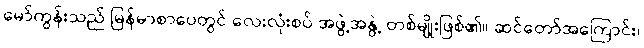
မော်ကွန်းသည် မြန်မာစာပေတွင် လေးလုံးစပ် အဖွဲ့အနွဲ့ တစ်မျိုးဖြစ်၏။ ဆင်တော်အကြောင်း၊